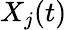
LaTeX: X_{j}(t)